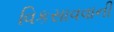
વિકસાવવાની